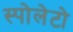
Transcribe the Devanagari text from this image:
स्पोलेटो